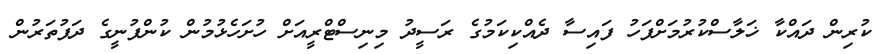
ކުރިން ދައްކާ ޚަލާސްކުރުމަށްފަހު ފައިސާ ދެއްކިކަމުގެ ރަސީދު މިނިސްޓްރީއަށް ހުށަހެޅުމުން ކުންފުނީގެ ދަފުތަރުން